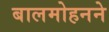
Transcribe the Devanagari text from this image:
बालमोहनने